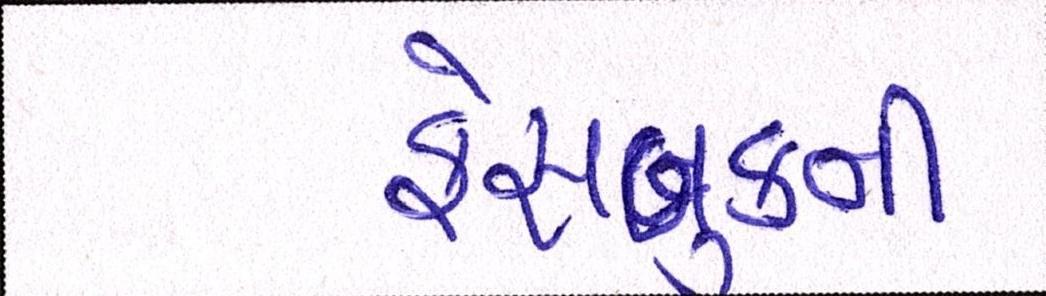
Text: ફેસબુકની